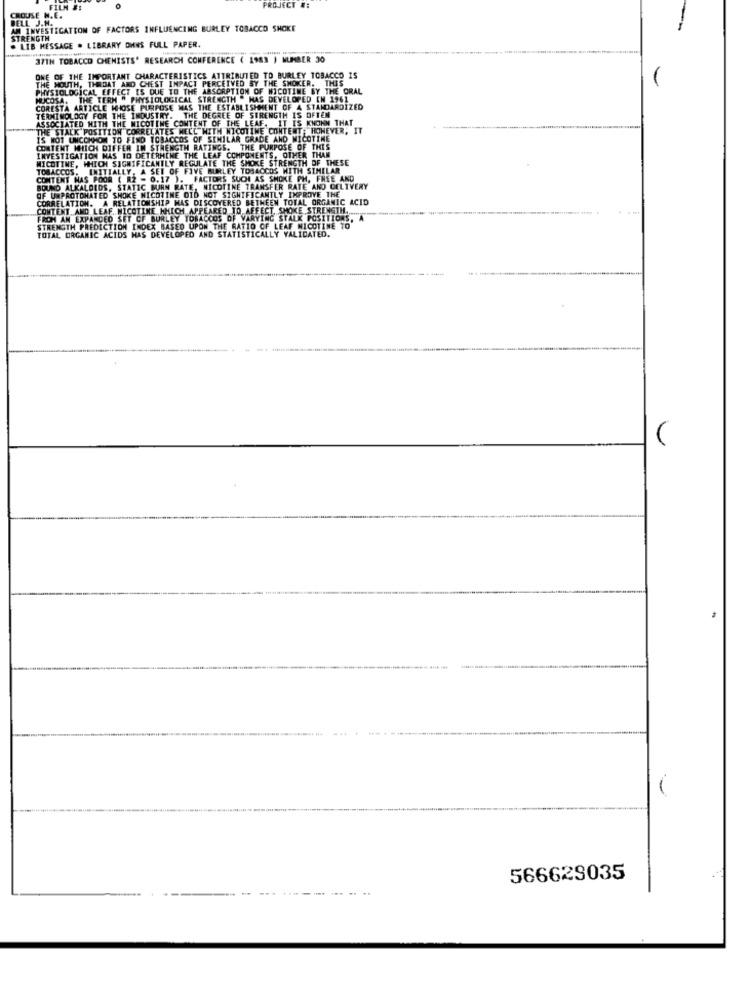
FILM #:
PROJECT #:
CROUSE N.E.
BELL J.H.
AN INVESTIGATION OF FACTORS INFLUENCING BURLEY TOBACCO SHOKE
STRENGTH
. LIB MESSAGE . LIBRARY OHNS FULL PAPER.
37TH TOBACCO CHENISTS' RESEARCH CONFERENCE ( 1983 ) NUMBER 30
ONE OF THE IMPORTANT CHARACTERISTICS ATTRIBUTED TO BURLEY TOBACCO IS
THE MOUTH, THROAT AND CHEST IMPACT PERCEIVED SY THE SMOKER. THIS
PHYSIOLOGICAL EFFECT IS DUE TO THE ABSORPTION OF WICOTIME BY THE ORAL
MUCOSA. THE TERM " PHYSIOLOGICAL STRENGTH " HAS DEVELOPED IN 1961
CORESTA ARTICLE WHOSE PURPOSE MAS THE ESTABLISHMENT OF A STANDARDIZED
TERMINOLOGY FOR THE INDUSTRY. THE DEGREE OF STRENGTH IS OFTEN
ASSOCIATED WITH THE NICOTINE CONTENT OF THE LEAF. IT IS KNOWN THAT
"THE STALK POSITION CORRELATES MECC WITH NICOTINE CONTENT. HOWEVER, IT
IS NOT UNCOMMON TO FIND TOBACCOS OF SIMILAR GRADE AND MICOTTHE
CONTENT WHICH DIFFER IN STRENGTH RATINGS. THE PURPOSE OF THIS
INVESTIGATION NAS TO DETERMINE THE LEAF COMPONENTS, OTHER THAN
MICOTINE, WHICH SIGNIFICANTLY REGULATE THE SMOKE STRENGTH OF THESE
TOBACCOS, INITIALLY, A SET OF FIVE BURLEY TOBACCOS WITH SIMILAR
CONTENT NAS POOR ( 2 - 0.17 ). FACTORS SUCH AS SHOKE PH. FREE AND
BOUND ALKALOIDS, STATIC BURN RATE, NICOTINE TRANSFER RATE AND DELIVERY
OF UMPROTOHATED SHOKE NICOTINE DID NOT SIGNIFICANTLY IMPROVE THE
CORRELATION. A RELATIONSHIP WAS DISCOVERED BETHEEN TOTAL ORGANIC ACID
CONTENT AND LEAF. NICOTINE WHICH APPEARED TO AFFECT, SMOKE STRENGTH ......
FROM AN EXPANDED SET OF BURLEY TOBACCOS OF VARYING STALK POSITIONS, A
STRENGTH PREDICTION INDEX BASED UPON THE RATIO OF LEAF NICOTINE TO
TOTAL ORGANIC ACIDS HAS DEVELOPED AND STATISTICALLY VALIDATED.
566629035